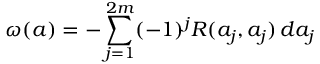
\omega ( a ) = - \sum _ { j = 1 } ^ { 2 m } ( - 1 ) ^ { j } R ( a _ { j } , a _ { j } ) \, d a _ { j }